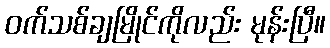
ဝက်သစ်ချမြိုင်ကိုလည်း မုန်းပြီ။